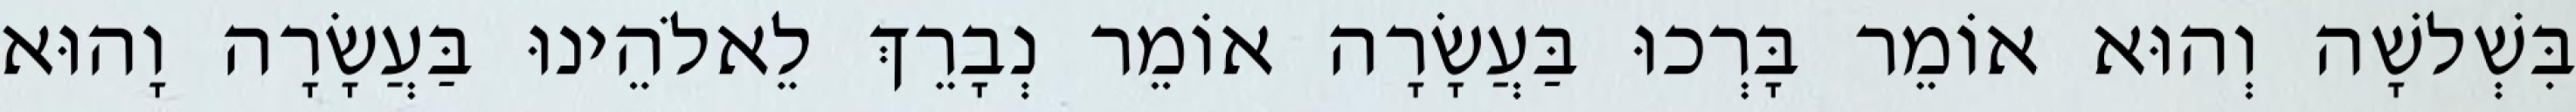
בִּשְׁלשָׁה וְהוּא אוֹמֵר בָּרְכוּ בַּעֲשָׂרָה אוֹמֵר נְבָרֵךְ לֵאלֹהֵינוּ בַּעֲשָׂרָה וָהוּא